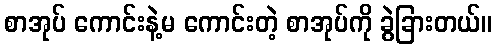
စာအုပ် ကောင်းနဲ့မ ကောင်းတဲ့ စာအုပ်ကို ခွဲခြားတယ်။